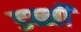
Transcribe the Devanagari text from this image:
डब्नी